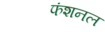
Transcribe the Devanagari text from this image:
फंशनल